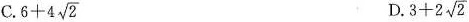
C. $$6+4 \sqrt{2}$$ D. $$3+2 \sqrt{2}$$